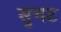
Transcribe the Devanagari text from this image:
सुभट